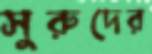
সুরুদের